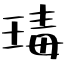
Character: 瑇